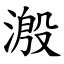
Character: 溵